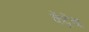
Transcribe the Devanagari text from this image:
केंद्रेंचा